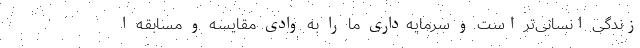
زندگی انسانی‌تر است و سرمایه‌داری ما را به وادی مقایسه و مسابقه ا